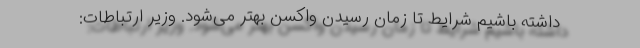
داشته باشیم شرایط تا زمان رسیدن واکسن بهتر می‌شود. وزیر ارتباطات: